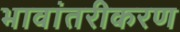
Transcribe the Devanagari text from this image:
भावांतरीकरण